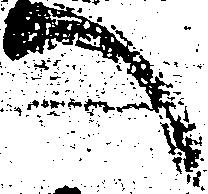
へ